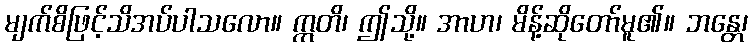
မျက်စိဖြင့်သိအပ်ပါသလော။ ဣတိ၊ ဤသို့။ အာဟ၊ မိန့်ဆိုတော်မူ၏။ ဘန္တေ၊